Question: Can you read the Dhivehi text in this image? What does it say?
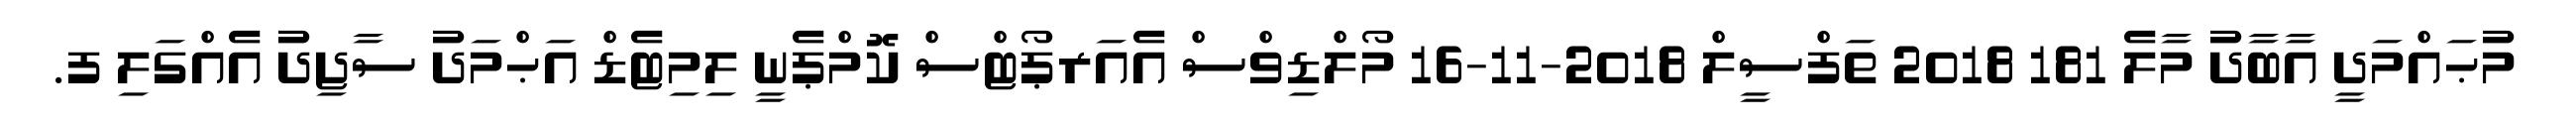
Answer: މުޙައްމަދީ އާބާދު މާލެ 181 2018 ތަފްސީލް 2018-11-16 މޯލްޑިވްސް އެއަރޕޯޓްސް ކޮމްޕެނީ ލިމިޓެޑް އަޙްމަދު ސާޖިދު އެއްގަލި ފ.